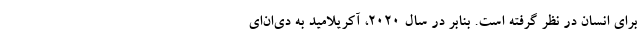
برای انسان در نظر گرفته است. بنابر در سال 2020، آکریلامید به دی‌ان‌ای